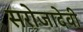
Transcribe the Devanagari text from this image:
सरोजादेवी